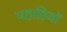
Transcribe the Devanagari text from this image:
पहाड़ियॉ